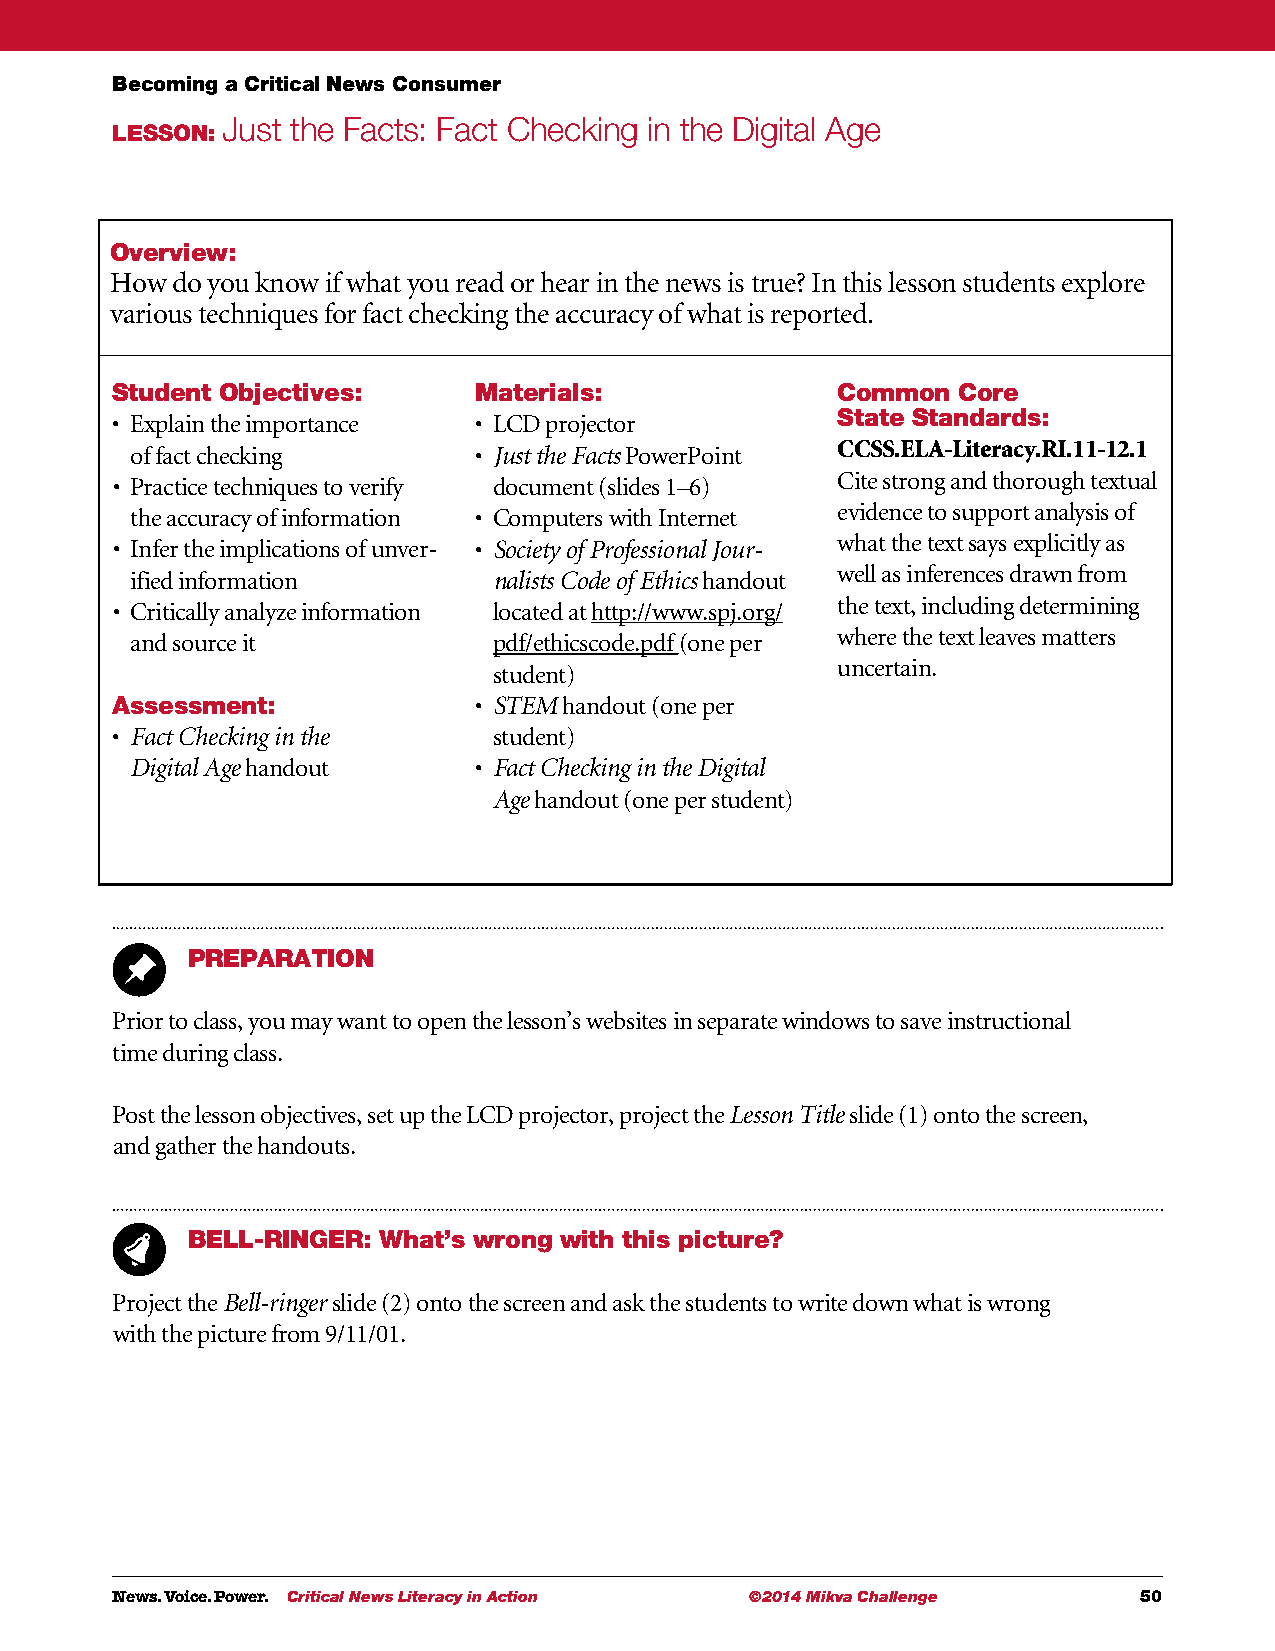
Becoming a Critical News Consumer
 Just the Facts: Fact Checking in the Digital Age
 LESSON:
 Overview:
 How do you know if what you read or hear in the news is true? In this lesson students explore
 various techniques for fact checking the accuracy of what is reported.
 Student Objectives:     Materials:              Common  Core
 • E xplain the importance • L CD projector      State Standards:
 of fact checking      • Just the Facts PowerPoint CCSS.ELA-Literacy.RI.11-12.1
 • P ractice techniques to verify document (slides 1–6) Cite strong and thorough textual
 the accuracy of information • C omputers with Internet evidence to support analysis of
 • I nfer the implications of unver- • Society of Professional Jour- what the text says explicitly as
 ified information       nalists Code of Ethics handout well as inferences drawn from
 • C ritically analyze information located at http://www.spj.org/ the text, including determining
 and source it           pdf/ethicscode.pdf (one per where the text leaves matters
 uncertain.
 student)
 Assessment:             • STEM handout (one per
 • F act Checking in the   student)
 Digital Age handout   • Fact Checking in the Digital
 Age handout (one per student)
 PREPARATION
 Prior to class, you may want to open the lesson’s websites in separate windows to save instructional
 time during class.
 Post the lesson objectives, set up the LCD projector, project the Lesson Title slide (1) onto the screen,
 and gather the handouts.
 BELL-RINGER: What’s wrong with this picture?
 Project the Bell-ringer slide (2) onto the screen and ask the students to write down what is wrong
 with the picture from 9/11/01.
 News. Voice. Power. Critical News Literacy in Action ©2014 Mikva Challenge 50